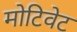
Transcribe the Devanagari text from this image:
मोटिवेट